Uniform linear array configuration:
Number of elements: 16
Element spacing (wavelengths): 0.25
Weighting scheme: kaiser
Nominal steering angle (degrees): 0
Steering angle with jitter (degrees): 0.4389
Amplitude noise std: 0.05
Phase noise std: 0.05

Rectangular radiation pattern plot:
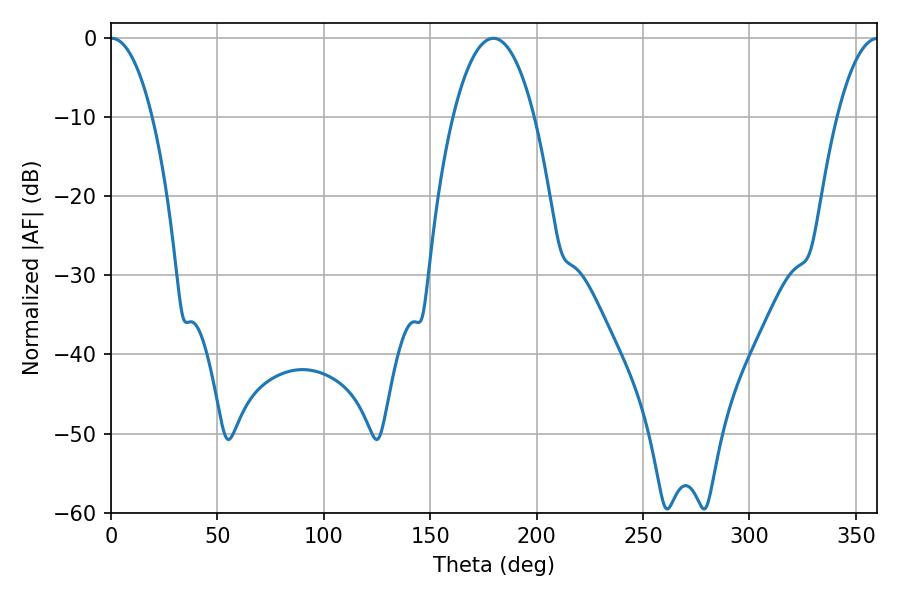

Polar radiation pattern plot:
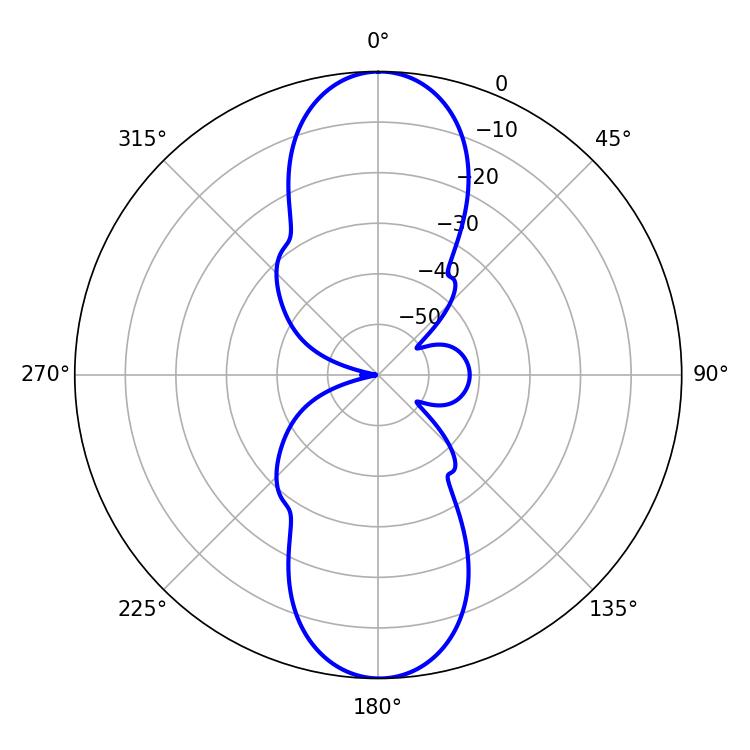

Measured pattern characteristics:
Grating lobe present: FALSE
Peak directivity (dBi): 28.179
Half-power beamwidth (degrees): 10.98
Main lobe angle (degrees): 0.36